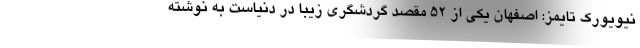
نیویورک تایمز: اصفهان یکی از 52 مقصد گردشگری زیبا در دنیاست به نوشته